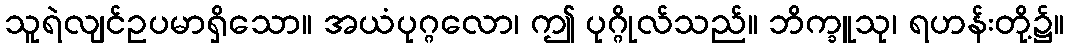
သူရဲလျင်ဥပမာရှိသော။ အယံပုဂ္ဂလော၊ ဤ ပုဂ္ဂိုလ်သည်။ ဘိက္ခူသု၊ ရဟန်းတို့၌။